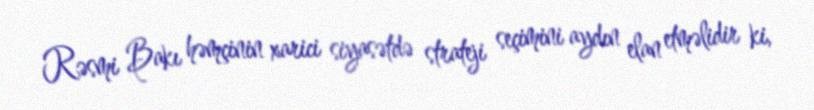
Rəsmi Bakı həmçinin xarici siyasətdə strateji seçimini aydın elan etməlidir ki,